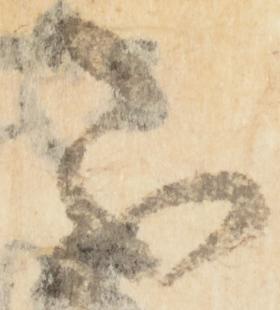
不